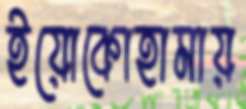
ইয়োকোহামায়